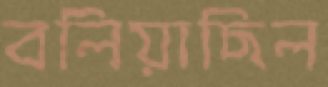
বলিয়াছিল